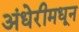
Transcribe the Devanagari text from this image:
अंधेरीमधून